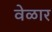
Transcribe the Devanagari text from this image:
वेळार